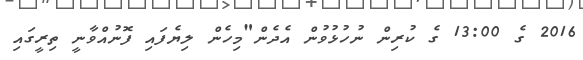
2016 ގެ 13:00 ގެ ކުރިން ނުހުޅުވުން އެދެން"މިހެން ލިޔެފައި ފޮނުއްވާނީ ތިރީގައި